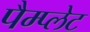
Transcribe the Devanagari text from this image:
पैम्प्लेट